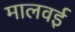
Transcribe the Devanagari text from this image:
मालवई